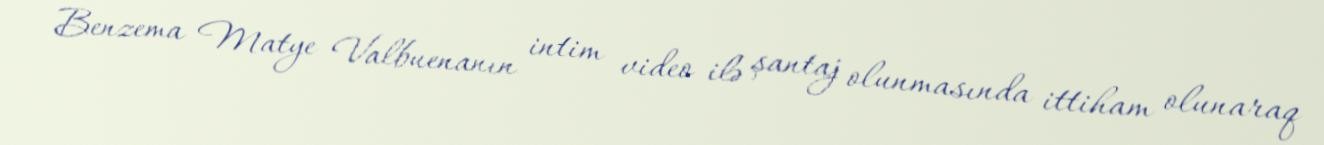
Benzema Matye Valbuenanın intim video ilə şantaj olunmasında ittiham olunaraq